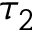
\tau _ { 2 }